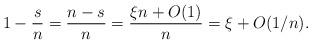
LaTeX: \begin{align*} 1-\frac{s}{n} = \frac{n-s}{n} = \frac{\xi n+O(1)}{n} = \xi+O(1/n).\end{align*}